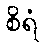
စိရံ